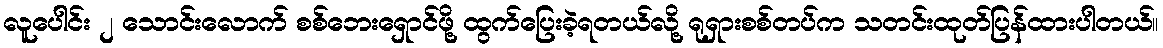
လူပေါင်း ၂ သောင်းလောက် စစ်ဘေးရှောင်ဖို့ ထွက်ပြေးခဲ့ရတယ်လို့ ရုရှားစစ်တပ်က သတင်းထုတ်ပြန်ထားပါတယ်။